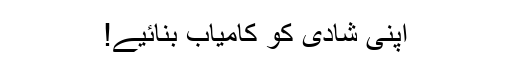
اپنی شادی کو کامیاب بنائیے!